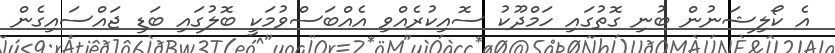
އެ ކޯލިޝަނުން ބުނި ގޮތުގައި ހަމްދޫކު ސޮއިކުރެއްވި އެއްބަސްވުމަކީ ބޮލުގައި ބަޑި ޖައްސައިގެން